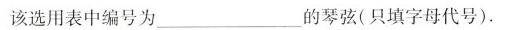
该选用表中编号为_的琴弦(只填字母代号)。